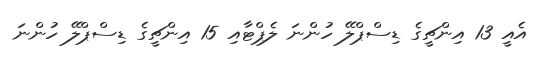
އެއީ 13 އިންޗީގެ ޑިސްޕްލޭ ހުންނަ ލެޕްޓާއި 15 އިންޗީގެ ޑިސްޕްލޭ ހުންނަ